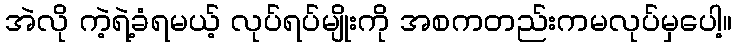
အဲလို ကဲ့ရဲ့ခံရမယ့် လုပ်ရပ်မျိုးကို အစကတည်းကမလုပ်မှပေါ့။